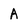
Character: A